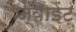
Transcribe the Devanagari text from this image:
ज्‍वाइंट